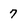
Character: 7